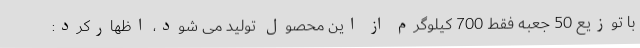
با توزیع 50 جعبه فقط 700 کیلوگرم از این محصول تولید می شود، اظهارکرد: